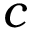
c